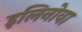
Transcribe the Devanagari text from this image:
इलिनोवा